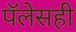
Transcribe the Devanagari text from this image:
पॅलेसही